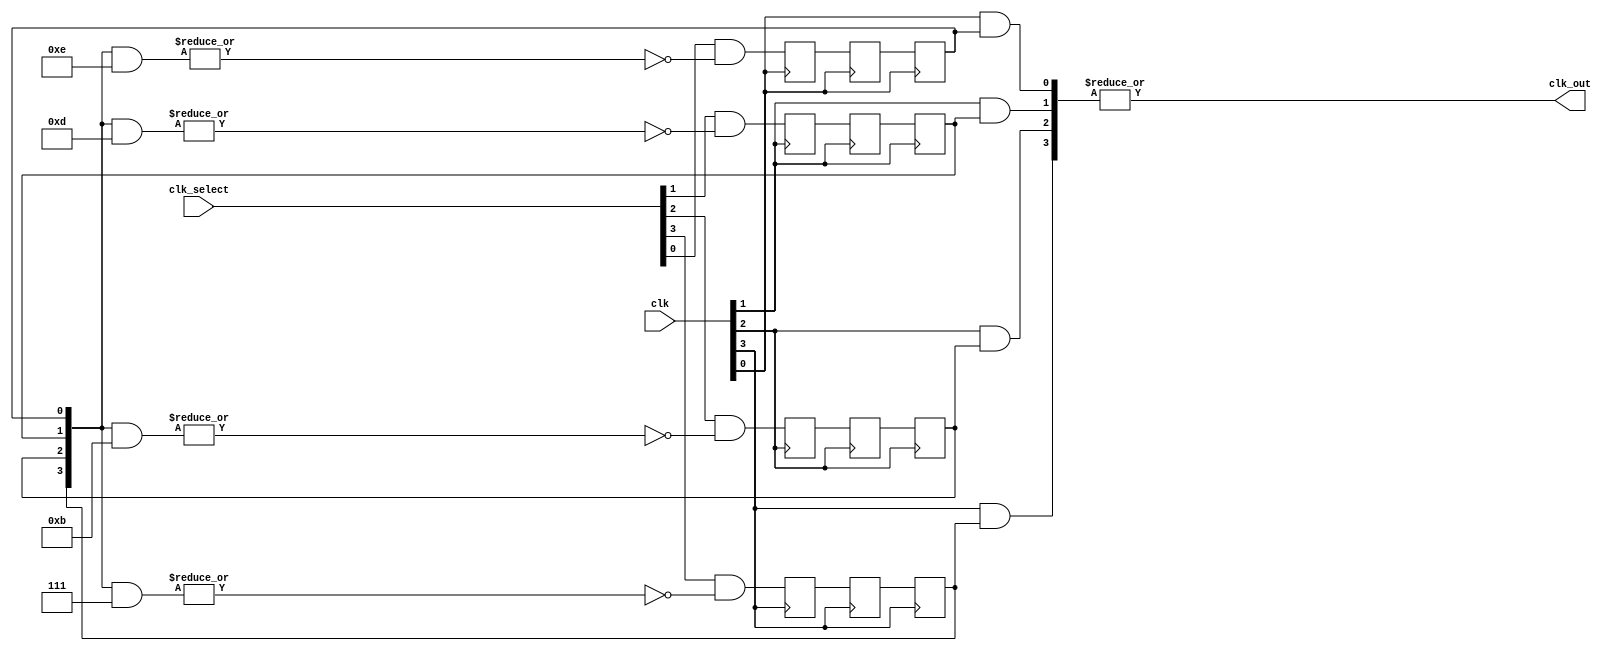
// Copyright 2008 Altera Corporation. All rights reserved.  
// Altera products are protected under numerous U.S. and foreign patents, 
// maskwork rights, copyrights and other intellectual property laws.  
//
// This reference design file, and your use thereof, is subject to and governed
// by the terms and conditions of the applicable Altera Reference Design 
// License Agreement (either as signed by you or found at www.altera.com).  By
// using this reference design file, you indicate your acceptance of such terms
// and conditions between you and Altera Corporation.  In the event that you do
// not agree with such terms and conditions, you may not use the reference 
// design file and please promptly destroy any copies you have made.
//
// This reference design file is being provided on an "as-is" basis and as an 
// accommodation and therefore all warranties, representations or guarantees of 
// any kind (whether express, implied or statutory) including, without 
// limitation, warranties of merchantability, non-infringement, or fitness for
// a particular purpose, are specifically disclaimed.  By making this reference
// design file available, Altera expressly does not recommend, suggest or 
// require that this reference design file be used in combination with any 
// other product not provided by Altera.
/////////////////////////////////////////////////////////////////////////////

//baeckler - 12-05-2007

module clock_mux (clk,clk_select,clk_out);

parameter NUM_CLOCKS = 4;
parameter USE_FOLLOWERS = 1'b0;

input [NUM_CLOCKS-1:0] clk;
input [NUM_CLOCKS-1:0] clk_select; // one hot
output clk_out;

genvar i;

reg [NUM_CLOCKS-1:0] ena_r0;
reg [NUM_CLOCKS-1:0] ena_r1;
reg [NUM_CLOCKS-1:0] ena_r2;
wire [NUM_CLOCKS-1:0] qualified_sel;

// A LUT can glitch when multiple inputs slew 
// simultaneously (in theory indepently of the function).  
// Insert a hard LCELL to prevent the unrelated clocks
// from appearing on the same LUT.

wire [NUM_CLOCKS-1:0] gated_clks /* synthesis keep */;

initial begin
  ena_r0 = 0;
  ena_r1 = 0;
  ena_r2 = 0;
end

generate
for (i=0; i<NUM_CLOCKS; i=i+1) 
begin : lp0

  wire [NUM_CLOCKS-1:0] tmp_mask;
  assign tmp_mask = {NUM_CLOCKS{1'b1}} ^ (1 << i);

  assign qualified_sel[i] = clk_select[i] & 
			(~|(ena_r2 & tmp_mask));
  
  always @(posedge clk[i]) begin
    ena_r0[i] <= qualified_sel[i];    	
    ena_r1[i] <= ena_r0[i];    	
  end
  
  always @(negedge clk[i]) begin
    ena_r2[i] <= ena_r1[i];    	
  end

  if (USE_FOLLOWERS) begin
     wire cf_out;
     clock_follow cf (.clk_in(clk[i]),.clk_out(cf_out));
	 assign gated_clks[i] = cf_out & ena_r2[i];
  end
  else begin
     assign gated_clks[i] = clk[i] & ena_r2[i];
  end
end
endgenerate

// these will not exhibit simultaneous toggle by construction.
assign clk_out = |gated_clks;

endmodule